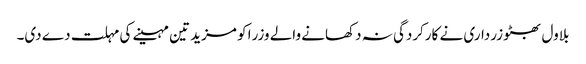
بلاول بھٹو زرداری نے کارکردگی نہ دکھانے والے وزرا کو مزید تین مہینے کی مہلت دے دی۔